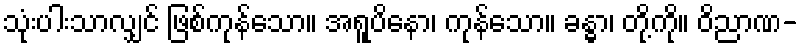
သုံးပါးသာလျှင် ဖြစ်ကုန်သော။ အရူပိနော၊ ကုန်သော။ ခန္ဓာ၊ တို့ကို။ ဝိညာဏ-